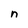
Character: n